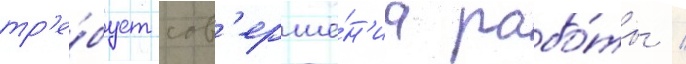
тр'е́бует сов'ерше́н'иа рабо́ты /